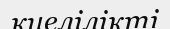
киелілікті